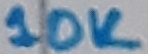
Text: 10K